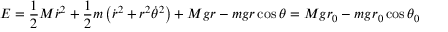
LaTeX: E = { \frac { 1 } { 2 } } M { \dot { r } } ^ { 2 } + { \frac { 1 } { 2 } } m \left( { \dot { r } } ^ { 2 } + r ^ { 2 } { \dot { \theta } } ^ { 2 } \right) + M g r - m g r \cos { \theta } = M g r _ { 0 } - m g r _ { 0 } \cos { \theta _ { 0 } }